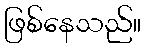
ဖြစ်နေသည်။